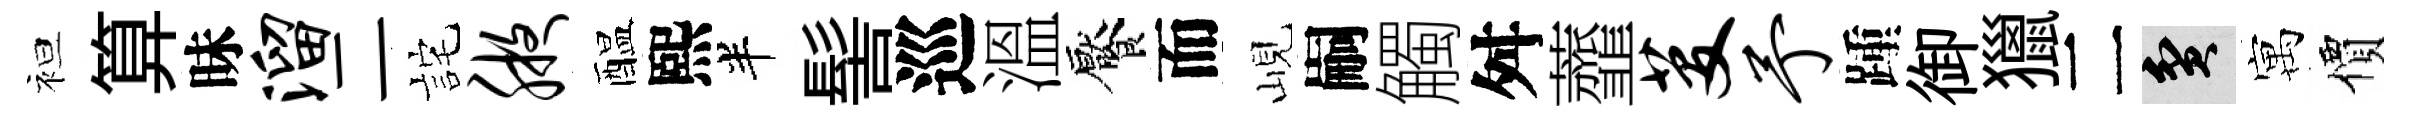
袒算昧溜二詫腋醖熙半髻巡溫饜而峴嗣觸舛虀芟予踵御獵二貧寓價